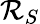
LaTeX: \mathcal{R}_{S}